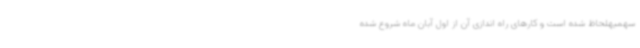
سهمیهلحاظ شده است و کارهای راه اندازی آن از اول آبان ماه شروع شده